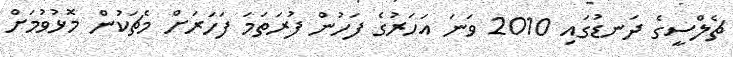
ޗެލްސީގެ ދަނޑުގައި 2010 ވަނަ އަހަރުގެ ފަހުން ފުރަތަމަ ފަހަރަށް މެޗަކުން މޮޅުވުމަށް